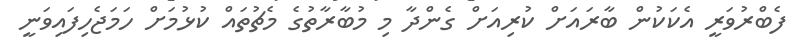
ފެބްރުވަރީ އެކަކުން ބާރައަށް ކުރިއަށް ގެންދާ މި މުބާރާތުގެ މެޗުތައް ކުޅުމަށް ހަމަޖެހިފައިވަނީ